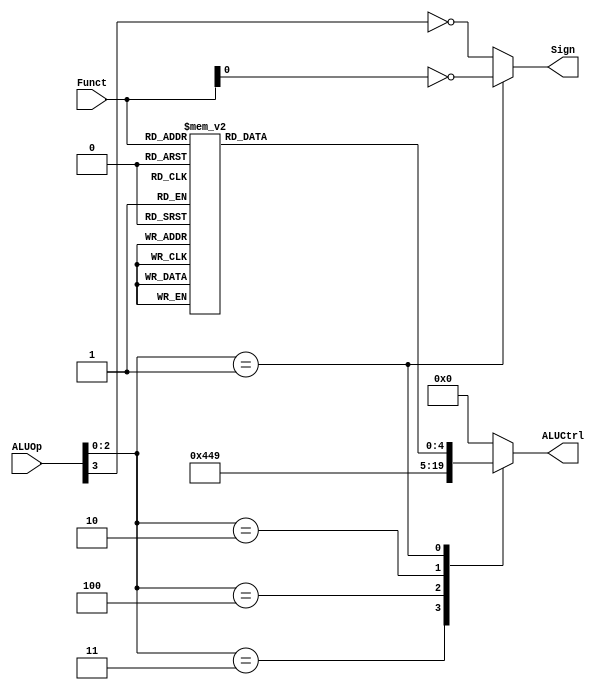
module ALUControl (
    ALUOp,
    Funct,
    ALUCtrl,
    Sign
);

parameter ADD = 0;
parameter SUB = 1;
parameter AND = 2;
parameter OR = 3;
parameter XOR = 4;
parameter NOR = 5;
parameter SLL = 6;
parameter SRL = 7;
parameter SRA = 8;
parameter SLT = 9;

parameter ALUOp_ADD = 3'b000;
parameter ALUOp_NULL = 3'b001;
parameter ALUOp_SLT = 3'b010;
parameter ALUOp_SUB = 3'b011;
parameter ALUOp_AND = 3'b100;

input [3:0] ALUOp;
input [5:0] Funct;
output [4:0] ALUCtrl;
output Sign;

reg [4:0] ALUCtrl;
wire Sign;

assign Sign = (ALUOp[2:0] == ALUOp_NULL)? ~Funct[0]: ~ALUOp[3];  // R ? ~Funct0 : ~I0 

reg [4:0] ALUConf;
always @(*) begin
    case(ALUOp[2:0]) 
        ALUOp_ADD: ALUCtrl <= ADD; 
        ALUOp_SUB: ALUCtrl <= SUB;  
        ALUOp_AND: ALUCtrl <= AND; 
        ALUOp_SLT: ALUCtrl <= SLT;  
        ALUOp_NULL: ALUCtrl <= ALUConf;
        default: ALUCtrl <= ADD;        // Default: ADD 
    endcase
end
    
always @(*) begin
    case(Funct)
        6'h20: ALUConf <= ADD;
        6'h21: ALUConf <= ADD;
        6'h22: ALUConf <= SUB;
        6'h23: ALUConf <= SUB;
        6'h24: ALUConf <= AND;
        6'h25: ALUConf <= OR;
        6'h26: ALUConf <= XOR;
        6'h27: ALUConf <= NOR;
        6'h00: ALUConf <= SLL;
        6'h02: ALUConf <= SRL;
        6'h03: ALUConf <= SRA;
        6'h2a: ALUConf <= SLT;
        6'h2b: ALUConf <= SLT;
        6'h08: ALUConf <= ADD;  // jr
        6'h09: ALUConf <= ADD;  // jalr
        default: ALUConf <= ADD;
    endcase
end

endmodule